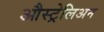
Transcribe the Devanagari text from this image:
औस्ट्रेलिअन